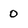
Character: 0